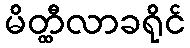
မိတ္ထီလာခရိုင်